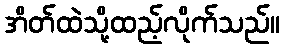
အိတ်ထဲသို့ထည့်လိုက်သည်။